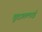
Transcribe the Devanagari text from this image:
दूदातलाई